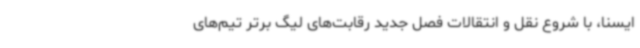
ایسنا، با شروع نقل و انتقالات فصل جدید رقابت‌های لیگ برتر تیم‌های